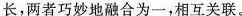
长，两者巧妙地融合为一,相互关联。